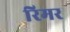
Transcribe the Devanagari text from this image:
रिमर